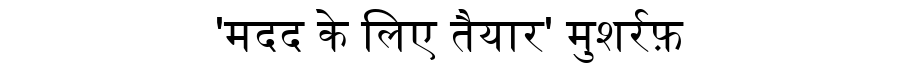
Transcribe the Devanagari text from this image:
'मदद के लिए तैयार' मुशर्रफ़